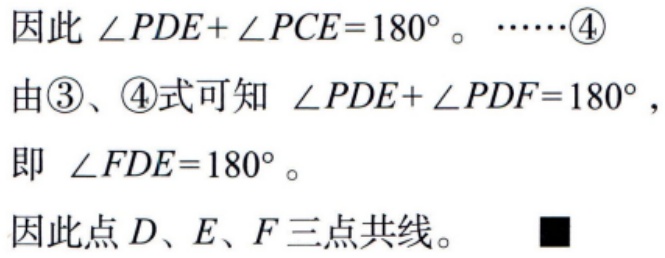
因此 $\angle PDE + \angle PCE = 180^{\circ}$。 $\cdots\cdots\textcircled{4}$
由\textcircled{3}、\textcircled{4}式可知 $\angle PDE + \angle PDF = 180^{\circ}$，
即 $\angle FDE = 180^{\circ}$。
因此点 $D、E、F$ 三点共线。 $\blacksquare$